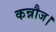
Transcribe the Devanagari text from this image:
कन्नौज।